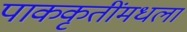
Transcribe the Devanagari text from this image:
पाककृतींमधला